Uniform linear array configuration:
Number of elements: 48
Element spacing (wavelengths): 1
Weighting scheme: uniform
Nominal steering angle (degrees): -45
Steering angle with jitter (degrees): -43.054
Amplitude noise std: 0.05
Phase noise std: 0.05

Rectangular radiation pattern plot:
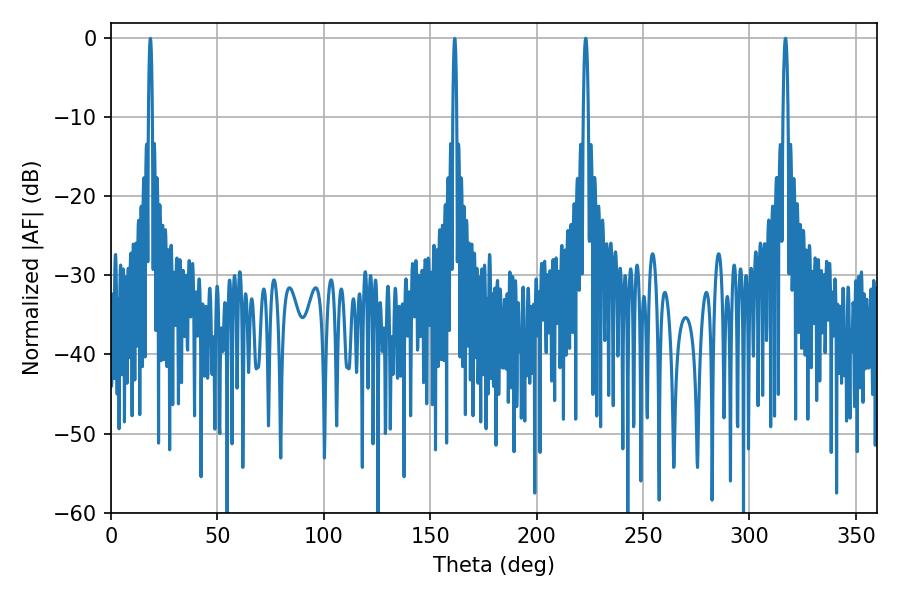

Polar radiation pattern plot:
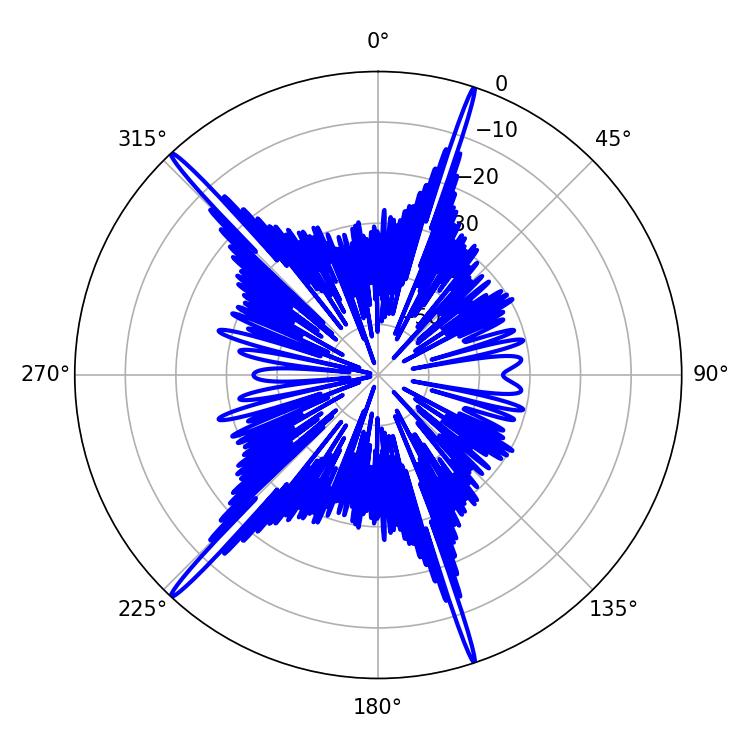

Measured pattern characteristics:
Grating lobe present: TRUE
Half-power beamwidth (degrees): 1.26
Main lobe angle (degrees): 223.02